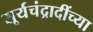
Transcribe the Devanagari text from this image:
सूर्यचंद्रादींच्या